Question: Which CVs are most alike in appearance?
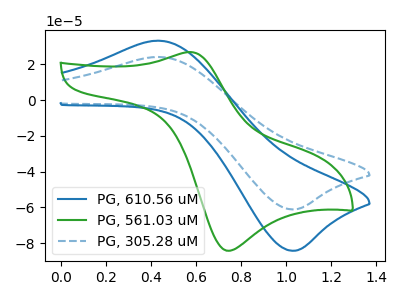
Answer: <think>The blue curve "PG, 610.56 uM" has an anodic peak at (0.45V, 33.15uA) and a cathodic peak at (1.00V, -84.20uA). The green curve "PG, 561.03 uM" has an anodic peak at (0.55V, 26.80uA) and a cathodic peak at (0.75V, -84.20uA). The blue dashed curve "PG, 305.28 uM" has an anodic peak at (0.45V, 24.05uA) and a cathodic peak at (1.00V, -61.10uA).
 "PG, 610.56 uM" and "PG, 561.03 uM" have at least one peak that do not match. All the peaks in "PG, 610.56 uM" have a peak in "PG, 305.28 uM" at the same potential. Every peak in "PG, 610.56 uM" is higher than every peak in "PG, 305.28 uM". "PG, 561.03 uM" and "PG, 305.28 uM" have at least one peak that do not match.</think>
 <answer>"PG, 610.56 uM" and "PG, 305.28 uM" have the same shape and are likely CV's of the same chemical.</answer>
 <eval>"PG, 610.56 uM" "PG, 305.28 uM"</eval>